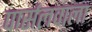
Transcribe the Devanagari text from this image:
पार्सलवाला